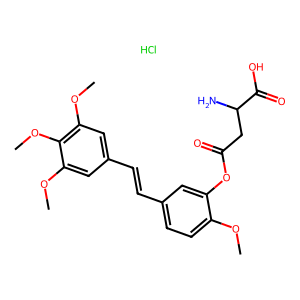
SMILES: COc1ccc(C=Cc2cc(OC)c(OC)c(OC)c2)cc1OC(=O)CC(N)C(=O)O.Cl
Inhibits HIV replication: No